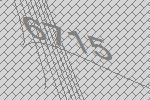
6715